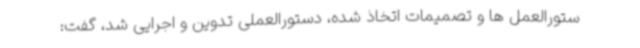
ستورالعمل ها و تصمیمات اتخاذ شده، دستورالعملی تدوین و اجرایی شد، گفت: